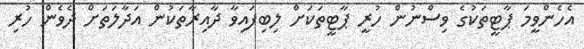
އެހެންވީމަ ޕާޓީތަކުގެ ވިސްނުން ހުރީ ޕާޓީތަކަށް ލިބިފައިވާ ދާއިރާތަކުން އަދާލަތަށް ދެވެން ހުރި